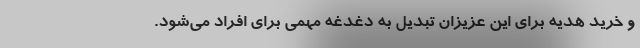
و خرید هدیه برای این عزیزان تبدیل به دغدغه مهمی برای افراد می‌شود.